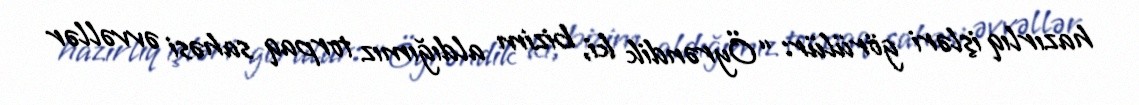
hazırlıq işləri görülür: “Öyrəndik ki, bizim aldığımız torpaq sahəsi əvvəllər